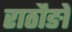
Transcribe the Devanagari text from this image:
राठौङो